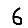
Digit: 6